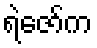
ရဲဇော်က